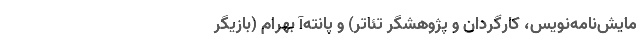
مایش‌نامه‌نویس، کارگردان و پژوهشگر تئاتر) و پانته‌آ بهرام (بازیگر